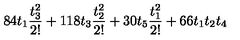
8 4 t _ { 1 } \frac { t _ { 3 } ^ { 2 } } { 2 ! } + 1 1 8 t _ { 3 } \frac { t _ { 2 } ^ { 2 } } { 2 ! } + 3 0 t _ { 5 } \frac { t _ { 1 } ^ { 2 } } { 2 ! } + 6 6 t _ { 1 } t _ { 2 } t _ { 4 }